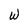
Character: W